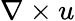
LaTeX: \nabla\times u